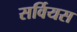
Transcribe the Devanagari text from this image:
सर्वियस